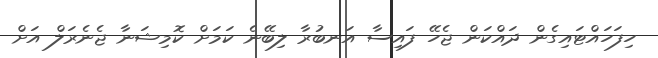
ހިފަހައްޓައިގެން ދައްކަން ޖެހޭ ފައިސާ އަނބުރާ ލިބޭނެ ކަމަށް ކޮމިޝަނާ ޖެނެރަލް އަށް